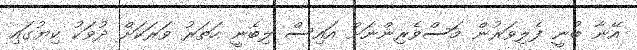
އޭނާ ބުނީ ފެލިވަރުން މަސްވެރިންނަށް އައިސް ލިބެނީ ހަތަރު ވަރަކަށް ދުވަކު ކިޔުގައި